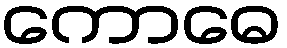
ကောဓေ